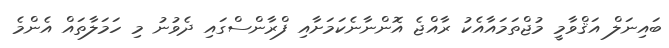
ބައިނަލް އަޤްވާމީ މުޖްތަމައާއެކު ރާއްޖެ އޮންނާނެކަމަށާއި ފްރާންސްގައި ދެވުނު މި ހަމަލާތައް އެންމެ